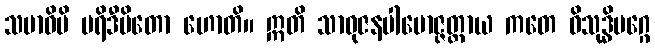
သမာဓိပိ ပရိဒီပိတော ဟောတိ။ ဣတိ သာဓုဇနပါမောဇ္ဇတ္ထာယ ကတေ ဝိသုဒ္ဓိမဂ္ဂေ